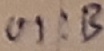
Text: UI:B